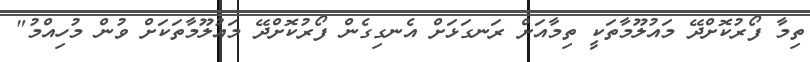
ތިމާ ފޯރުކޮށްދޭ މައުލޫމާތަކީ ތިމާއަށް ރަނގަޅަށް އެނގިގެން ފޯރުކޮށްދޭ މައުލޫމާތަކަށް ވުން މުހިއްމު"